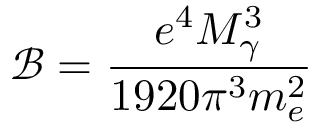
\mathcal { B } = \frac { e ^ { 4 } M _ { \gamma } ^ { 3 } } { 1 9 2 0 \pi ^ { 3 } m _ { e } ^ { 2 } }